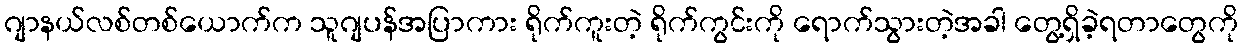
ဂျာနယ်လစ်တစ်ယောက်က သူဂျပန်အပြာကား ရိုက်ကူးတဲ့ ရိုက်ကွင်းကို ရောက်သွားတဲ့အခါ တွေ့ရှိခဲ့ရတာတွေကို